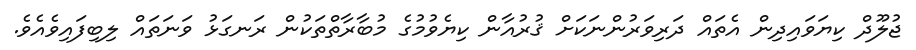
ޖުލޫދް ކިޔަވައިދިން އެތައް ދަރިވަރުންނަކަށް ޤުރުއާން ކިޔެވުމުގެ މުބާރާތްތަކުން ރަނގަޅު ވަނަތައް ލިބިފައިވެއެވެ.